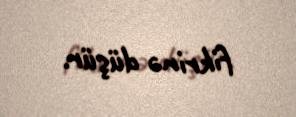
fikrinə düşür.